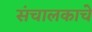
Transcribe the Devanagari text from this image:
संचालकाचे